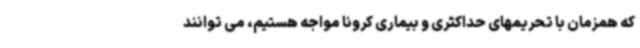
که همزمان با تحریمهای حداکثری و بیماری کرونا مواجه هستیم، می توانند